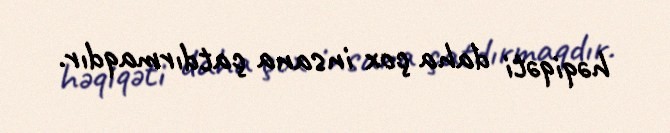
həqiqəti daha çox insana çatdırmaqdır.